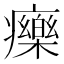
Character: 𤻲